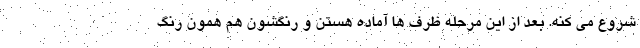
شروع می کنه. بعد از این مرحله ظرف ها آماده هستن و رنگشون هم همون رنگ